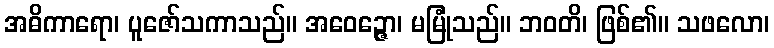
အဓိကာရော၊ ပူဇော်သကာသည်။ အဝေဉ္ဇော၊ မမြုံသည်။ ဘဝတိ၊ ဖြစ်၏။ သဖလော၊